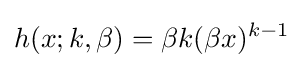
h(x;k,\beta )=\beta k({\beta x})^{k-1}